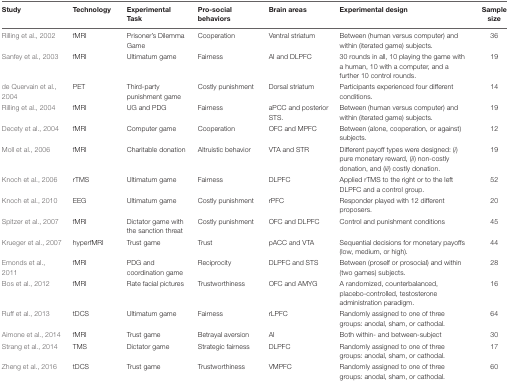
| Study | Technology | Experimental Task | Pro-social behaviors | Brain areas | Experimental design | Sample size |
 | --- | --- | --- | --- | --- | --- | --- |
 | Rilling et al., 2002 | fMRI | Prisoner’s Dilemma Game | Cooperation | Ventral striatum | Between (human versus computer) and within (iterated game) subjects. | 36 |
 | Sanfey et al., 2003 | fMRI | Ultimatum game | Fairness | AI and DLPFC | 30 rounds in all, 10 playing the game with a human, 10 with a computer, and a further 10 control rounds. | 19 |
 | de Quervain et al., 2004 | PET | Third-party punishment game | Costly punishment | Dorsal striatum | Participants experienced four different conditions. | 14 |
 | Rilling et al., 2004 | fMRI | UG and PDG | Fairness | aPCC and posterior STS. | Between (human versus computer) and within (iterated game) subjects. | 19 |
 | Decety et al., 2004 | fMRI | Computer game | Cooperation | OFC and MPFC | Between (alone, cooperation, or against) subjects. | 12 |
 | Moll et al., 2006 | fMRI | Charitable donation | Altruistic behavior | VTA and STR | Different payoff types were designed: (i) pure monetary reward, (ii) non-costly donation, and (iii) costly donation. | 19 |
 | Knoch et al., 2006 | rTMS | Ultimatum game | Fairness | DLPFC | Applied rTMS to the right or to the left DLPFC and a control group. | 52 |
 | Knoch et al., 2010 | EEG | Ultimatum game | Costly punishment | rPFC | Responder played with 12 different proposers. | 20 |
 | Spitzer et al., 2007 | fMRI | Dictator game with the sanction threat | Costly punishment | OFC and DLPFC | Control and punishment conditions | 45 |
 | Krueger et al., 2007 | hyperfMRI | Trust game | Trust | pACC and VTA | Sequential decisions for monetary payoffs (low, medium, or high). | 44 |
 | Emonds et al., 2011 | fMRI | PDG and coordination game | Reciprocity | DLPFC and STS | Between (proself or prosocial) and within (two games) subjects. | 28 |
 | Bos et al., 2012 | fMRI | Rate facial pictures | Trustworthiness | OFC and AMYG | A randomized, counterbalanced, placebo-controlled, testosterone administration paradigm. | 16 |
 | Ruff et al., 2013 | tDCS | Ultimatum game | Fairness | rLPFC | Randomly assigned to one of three groups: anodal, sham, or cathodal. | 64 |
 | Aimone et al., 2014 | fMRI | Trust game | Betrayal aversion | AI | Both within- and between-subject | 30 |
 | Strang et al., 2014 | TMS | Dictator game | Strategic fairness | DLPFC | Randomly assigned to one of three groups: anodal, sham, or cathodal. | 17 |
 | Zheng et al., 2016 | tDCS | Trust game | Trustworthiness | VMPFC | Randomly assigned to one of three groups: anodal, sham, or cathodal. | 60 |